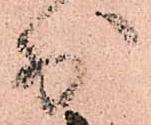
少